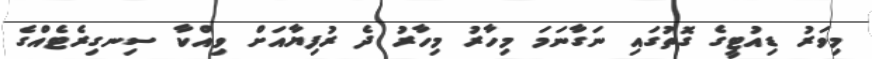
މިވަރު ޑިއުޓީގެ ގޮތުގައި ނަގާނަމަ މިހާރު މިހާރު ދެ ރުފިޔާއަށް ވިއްކާ ސިނގިރެޓެއްގެ